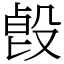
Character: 㲃